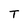
Character: T